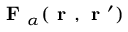
\textbf { F } _ { \alpha } ( \textbf { r } , \textbf { r } ^ { \prime } )